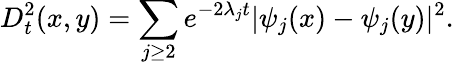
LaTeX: D_{t}^{2}(x,y)=\sum_{j\geq 2}e^{-2\lambda_{j}t}|\psi_{j}(x)-\psi_{j}(y)|^{2}.